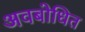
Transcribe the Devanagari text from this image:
अवबोधित